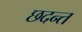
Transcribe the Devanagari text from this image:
छदन्त